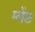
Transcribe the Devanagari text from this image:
म्लेंछ